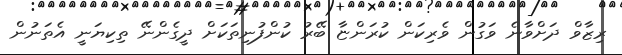
ރިޒާވް ދަށްވާނެ ވަގުން ވެރިކަން ކުރަންޏާ ބޭރު ކުންފުނިތަކަށް ދީގެންނޭ ތިކިޔަނީ އެތަނުން